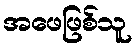
အဖေဖြစ်သူ